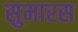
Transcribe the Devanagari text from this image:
सुमारस